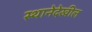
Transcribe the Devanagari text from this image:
स्थानेदेखील